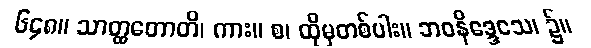
၆၄၈။ သာတ္ထတောတိ၊ ကား။ စ၊ ထိုမှတစ်ပါး။ ဘဝနိဒ္ဒေသေ၊ ၌။